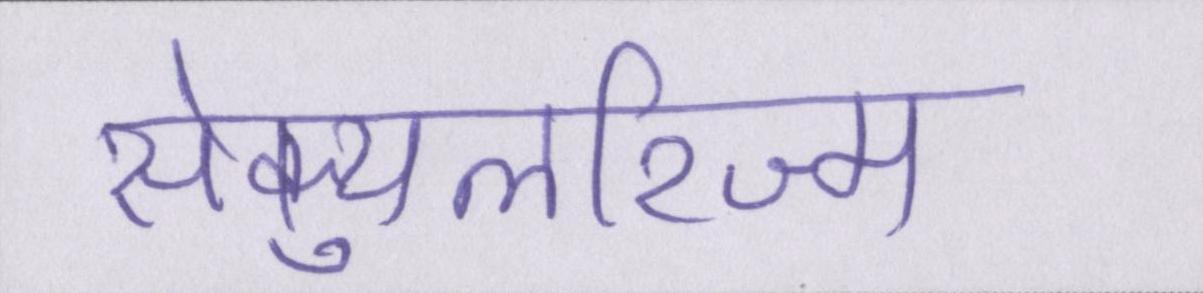
सेक्युलरिज्म